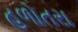
હળોતરા